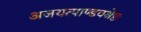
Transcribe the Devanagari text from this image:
अजयत्पाण्डवश्रेष्ठः